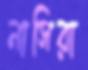
নাসিরা